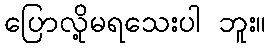
ပြောလို့မရသေးပါ ဘူး။